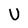
Character: U